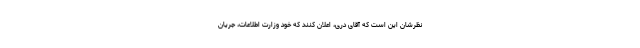
نظرشان این است كه آقاى درى، اعلان كنند كه خود وزارت اطلاعات، جریان